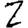
Digit: 2